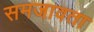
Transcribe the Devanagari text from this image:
समजावता